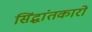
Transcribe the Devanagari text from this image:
सिंद्धांतकारों